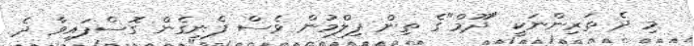
މި ދެ ތަރިންނަކީ "ދޫމް"ގެ ތިން ފިލްމުން ވެސް ފެނިގެން ގޮސްފައިވާ ދެ